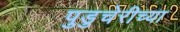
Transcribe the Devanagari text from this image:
पुडुचेरीच्या